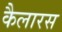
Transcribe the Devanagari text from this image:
कैलारस